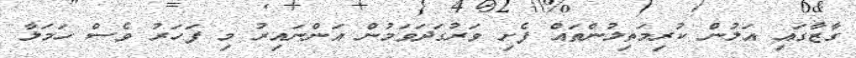
ގާޒާގައި އަލުން ކުރިމަތިލުންތައް ފެށި ވަރުގަދަވަމުން އަންނައިރު މި ފަހަރު ވެސް ހަމަލާ